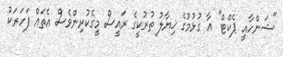
"ޝަންހާއީ ޕެކްޓް" އާ ގުޅުމުގެ ޚިޔާލު ތުރުކީގެ ރައީސް މީގެކުރިންވެސް އެތައް ފަހަރަކު